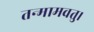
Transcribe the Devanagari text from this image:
तन्मामवतु।